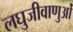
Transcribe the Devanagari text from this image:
लघुजीवाणुओं